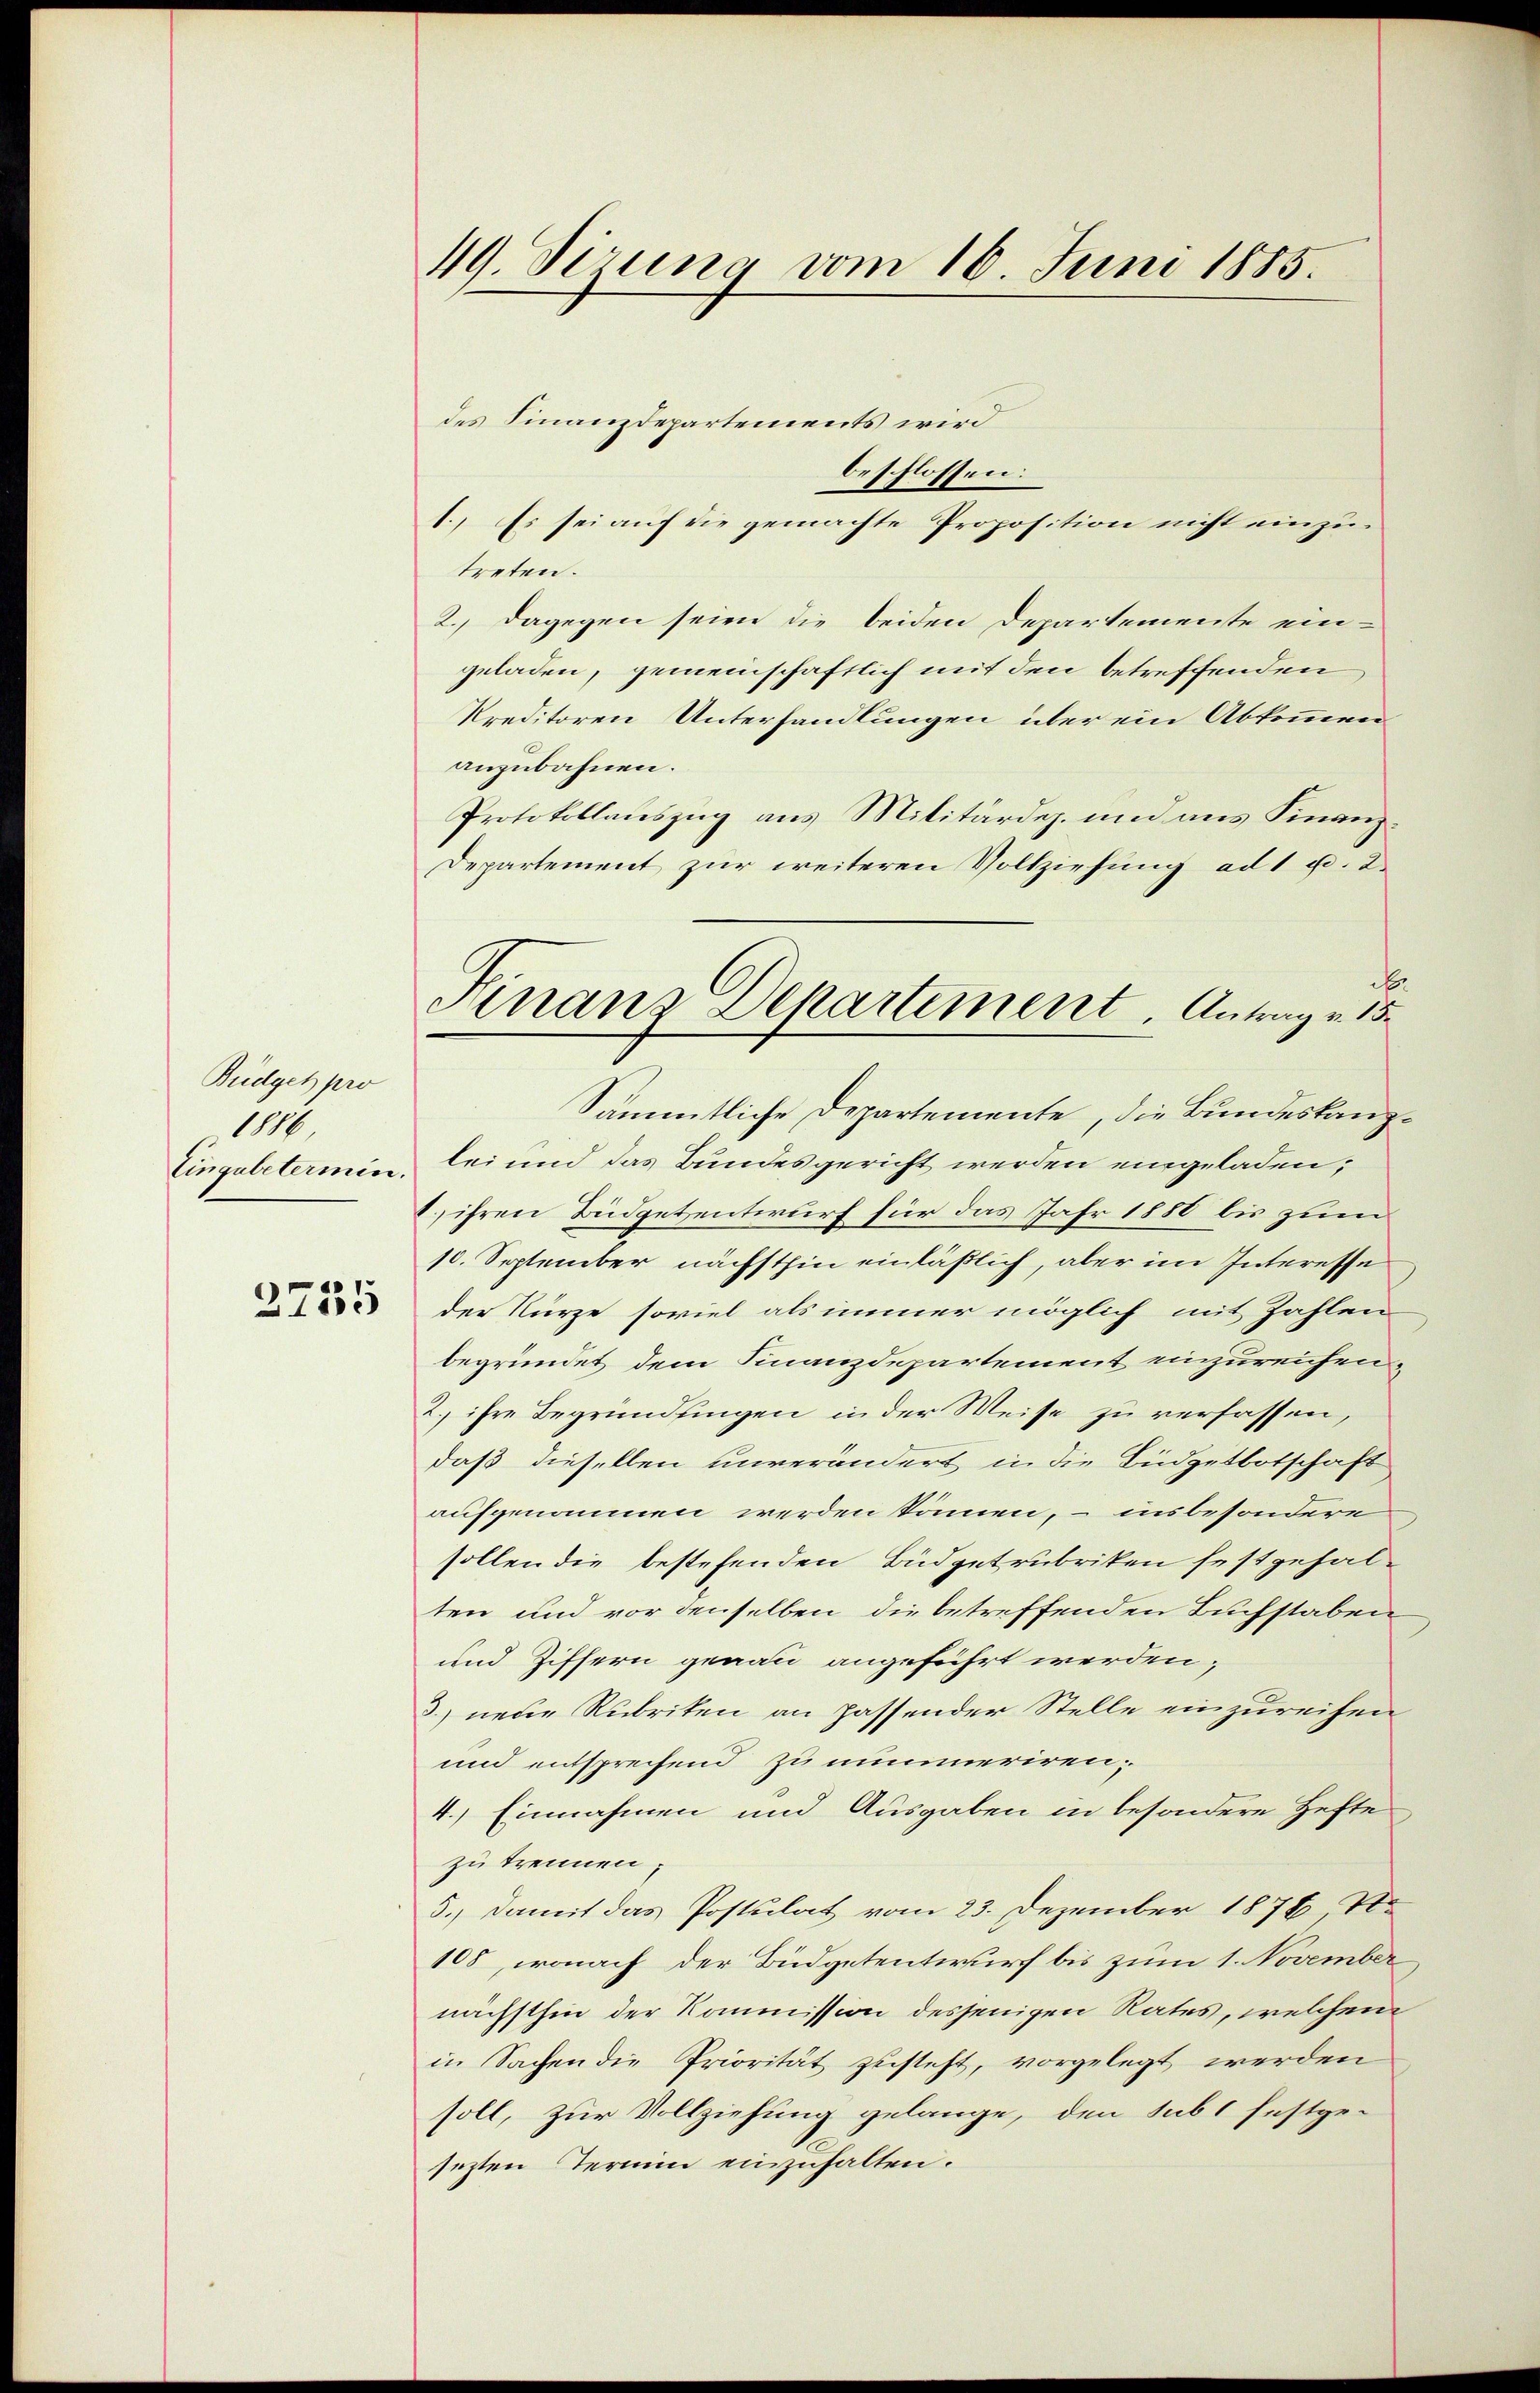
Büdget pro
1886
Eingabetermin.

2755

49. Sizung vom 16. Juni 1885.

Anans Departement Antrag v. 15.

des Finanzdepartements wird
beschlossen:
1. Es sei auf die gemachte Proposition nicht einzutreten.
2., dagegen seien die beiden Departemente eingeladen, gemeinschaftlich mit den betreffenden
kreditoren Unterhandlungen über ein Abkommen
anzubahnen.
Protokollauszug aus Militärdep. und aus Finanz¬
Departement zur weiteren Vollziehung ad 1 u. 2.
.
Sämmtliche Departemente, die Bundeskanzlei und das Bundesgericht werden eingeladen;
1.) ihren Budgetzentwurf für das Jahr 1888 bis zum
10. September nächsthin einläßlich, aber im Interesse
der Kurze soviel als immer möglich mit Zahlen
begründet dem Finanzdepartement einzureichen,
2.) ihre Begründungen in der Weise zu verfassen,
daß diesellen unverändert in die Büdgetbotschaft
aufgenommen werden können, – insbesondere
sollen die bestehenden Büdgetrubriken festgehalten und vor denselben die betreffenden Buchstaben
und Ziffern genau angeführt werden;
3) neue Rubriken an passender Stelle einzureihen
und entsprechend zu nummeriren;
4.) Einnahmen und Ausgaben in besondere Hefte
zu trennen.
5.) Damit das Postulat vom 23. Dezember 1876 No
108, wonach der Büdgetentwurf bis zum 1. November
nächsthin der Kommission desjenigen Rates, welchem
in Sachen die Priorität zusteht, vorgelegt werden
soll, zur Vollziehung gelange, den sub 1 festge-
sezten Termin einzuhalten.